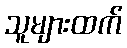
သူများထက်